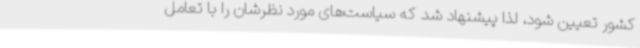
کشور تعیین شود، لذا پیشنهاد شد که سیاست‌های مورد نظرشان را با تعامل